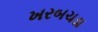
ખરબચડા